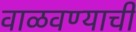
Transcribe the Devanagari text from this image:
वाळवण्याची